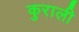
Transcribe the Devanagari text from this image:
कुराली